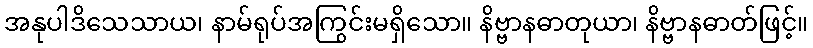
အနုပါဒိသေသာယ၊ နာမ်ရုပ်အကြွင်းမရှိသော။ နိဗ္ဗာနဓာတုယာ၊ နိဗ္ဗာနဓာတ်ဖြင့်။